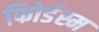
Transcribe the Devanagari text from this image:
फोिर्डस्म